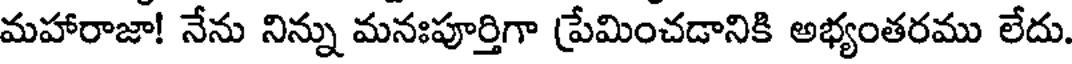
మహారాజా! నేను నిన్ను మనఃపూర్తిగా ప్రేమించడానికి అభ్యంతరము లేదు.